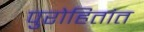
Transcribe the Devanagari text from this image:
पुरोहितांत